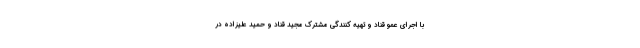
با اجرای عمو قناد و تهیه کنندگی مشترک مجید قناد و حمید علیزاده در